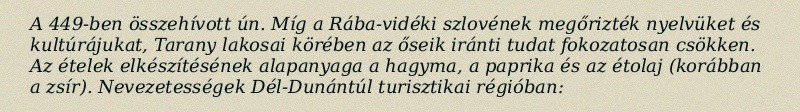
A 449-ben összehívott ún. Míg a Rába-vidéki szlovének megőrizték nyelvüket és kultúrájukat, Tarany lakosai körében az őseik iránti tudat fokozatosan csökken. Az ételek elkészítésének alapanyaga a hagyma, a paprika és az étolaj (korábban a zsír). Nevezetességek Dél-Dunántúl turisztikai régióban: